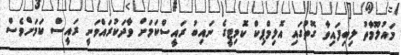
މައުލޫމާތު ލިބިފައިވާ ގޮތުގައި އޮލިމްޕިކް ކޮމިޓީގެ ނައިބު ރައީސްކަމަށް ވާދަކުރައްވަނީ ރައީސް ކަމަށްވެސް